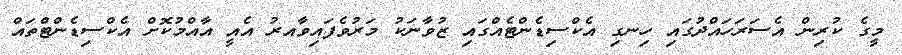
މީގެ ކުރިން އެސަރަހައްދުގައި ހިނގި އެކްސިޑެންޓެއްގައި ޒުވާނަކު މަރުވެފައިވާއރު އެއީ އާއްމުކޮށް އެކްސިޑެންޓްތައް